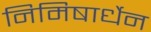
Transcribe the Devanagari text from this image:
निमिषार्धेन